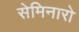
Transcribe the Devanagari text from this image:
सेमिनारो